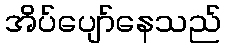
အိပ်ပျော်နေသည်